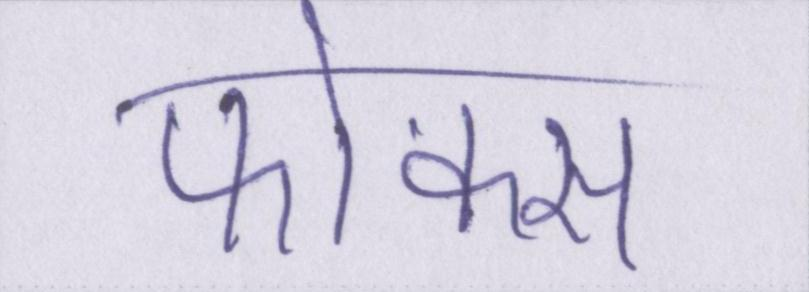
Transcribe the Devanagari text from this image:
फोकस